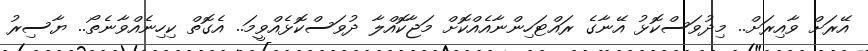
އޭރަށް ވާއިރަށް.. މިދުވަސްކޮޅު އޭނާގެ ރައްޓަހިންނާއެއްކޮށް މަޖާކޮއްލާ ދުވަސްކޮޅެއްވީމަ.. އެގޮތް ކިހިނެއްވާނެތޯ.. ޔާސިރު